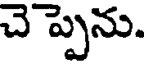
చె ప్పెను.